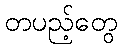
တပည့်တွေ